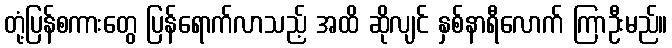
တုံ့ပြန်စကားတွေ ပြန်ရောက်လာသည့် အထိ ဆိုလျင် နှစ်နာရီလောက် ကြာဦးမည်။